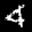
Label: 4